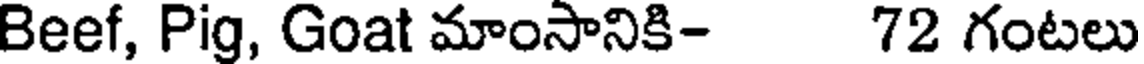
Beef, Pig, Goat మాంసానికి- 72 గంటలు